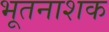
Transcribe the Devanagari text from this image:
भूतनाशक